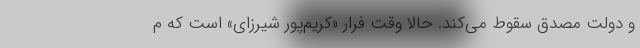
و دولت مصدق سقوط می‌کند. حالا وقت فرار «کریم‌پور شیرزای» است که م